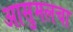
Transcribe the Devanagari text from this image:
आसुमलचा